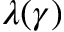
\lambda ( \gamma )